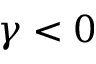
\gamma < 0